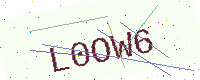
Text: L0OW6